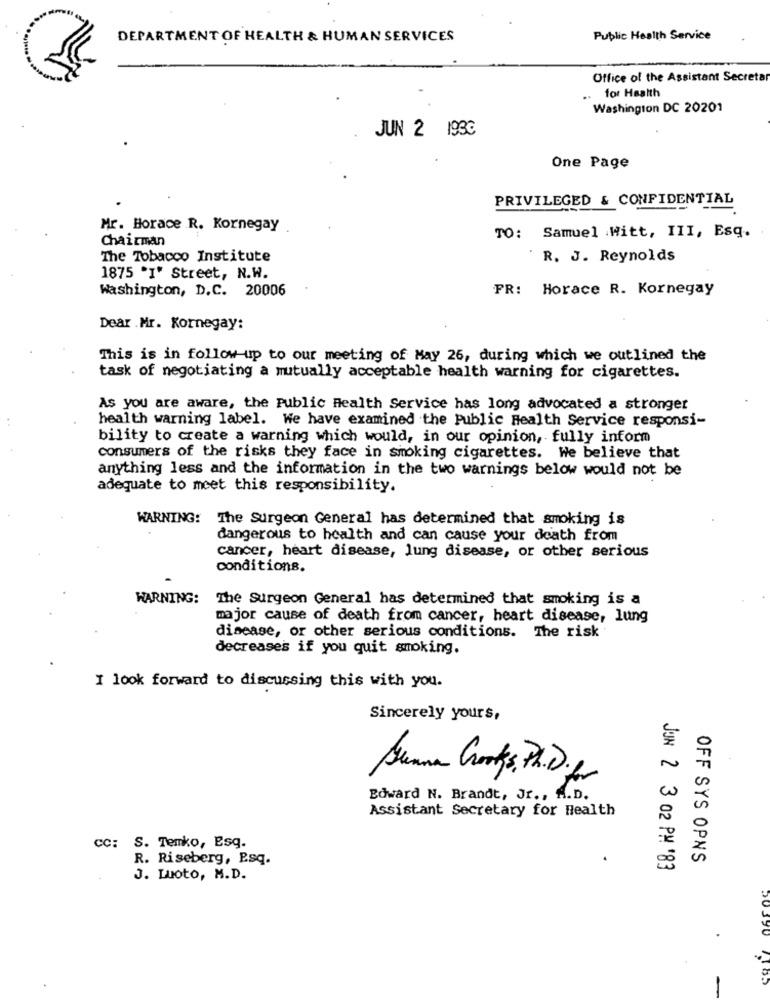
DEPARTMENT OF HEALTH & HUMAN SERVICES
Public Health Service
Office of the Assistant Secretar
for Health
..
Washington DC 20201
JUN 2 1933
One Page
PRIVILEGED & CONFIDENTIAL
Mr. Horace R. Kornegay
Chairman
TO: Samuel Witt, III, Esq.
The Tobacco Institute
R. J. Reynolds
1875 'I' Street, N.W.
Washington, D.C. 20006
FR: Horace R. Kornegay
Dear . Mr. Kornegay:
This is in follow up to our meeting of May 26, during which we outlined the
task of negotiating a mutually acceptable health warning for cigarettes.
As you are aware, the Public Health Service has long advocated a stronger
health warning label. We have examined the Public Health Service responsi-
bility to create a warning which would, in our opinion, fully inform
consumers of the risks they face in smoking cigarettes. We believe that
anything less and the information in the two warnings below would not be
adequate to meet this responsibility.
WARNING: The Surgeon General has determined that smoking is
dangerous to health and can cause your death from
cancer, heart disease, lung disease, or other serious
conditions.
WARNING: The Surgeon General has determined that smoking is a
major cause of death from cancer, heart disease, lung
disease, or other serious conditions. The risk
decreases if you quit smoking.
I look forward to discussing this with you.
Sincerely yours,
Grunna Grootes. P.D. fr
Edward N. Brandt, Jr ., A.D.
Assistant Secretary for Health
CC: S. Temko, Esq.
R. Riseberg, E.sq.
OFF SYS OPNS
JUN 2 3 02 PM '83
J. Luoto, M.D.